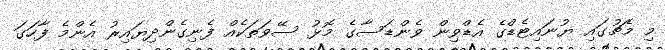
މި މެޗުގައި ޔުނައިޓެޑްގެ އެޑްވިން ވެންޑަސާގެ މޮޅު ސޭވަތަކެއް ފެނިގެންދިޔައިރު އެންމެ ފާހަގަ